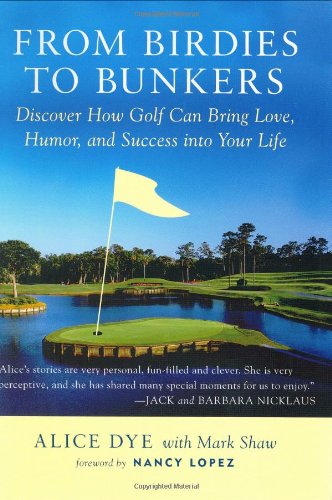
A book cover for From Birdies to Bunkers: Discover How Golf Can Bring Love, Humor, and Success into Your Life; Alice Dye; Biographies & Memoirs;